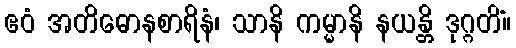
ဧဝံ အတိဓောနစာရိနံ၊ သာနိ ကမ္မာနိ နယန္တိ ဒုဂ္ဂတိံ။